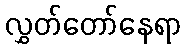
လွှတ်တော်နေရာ